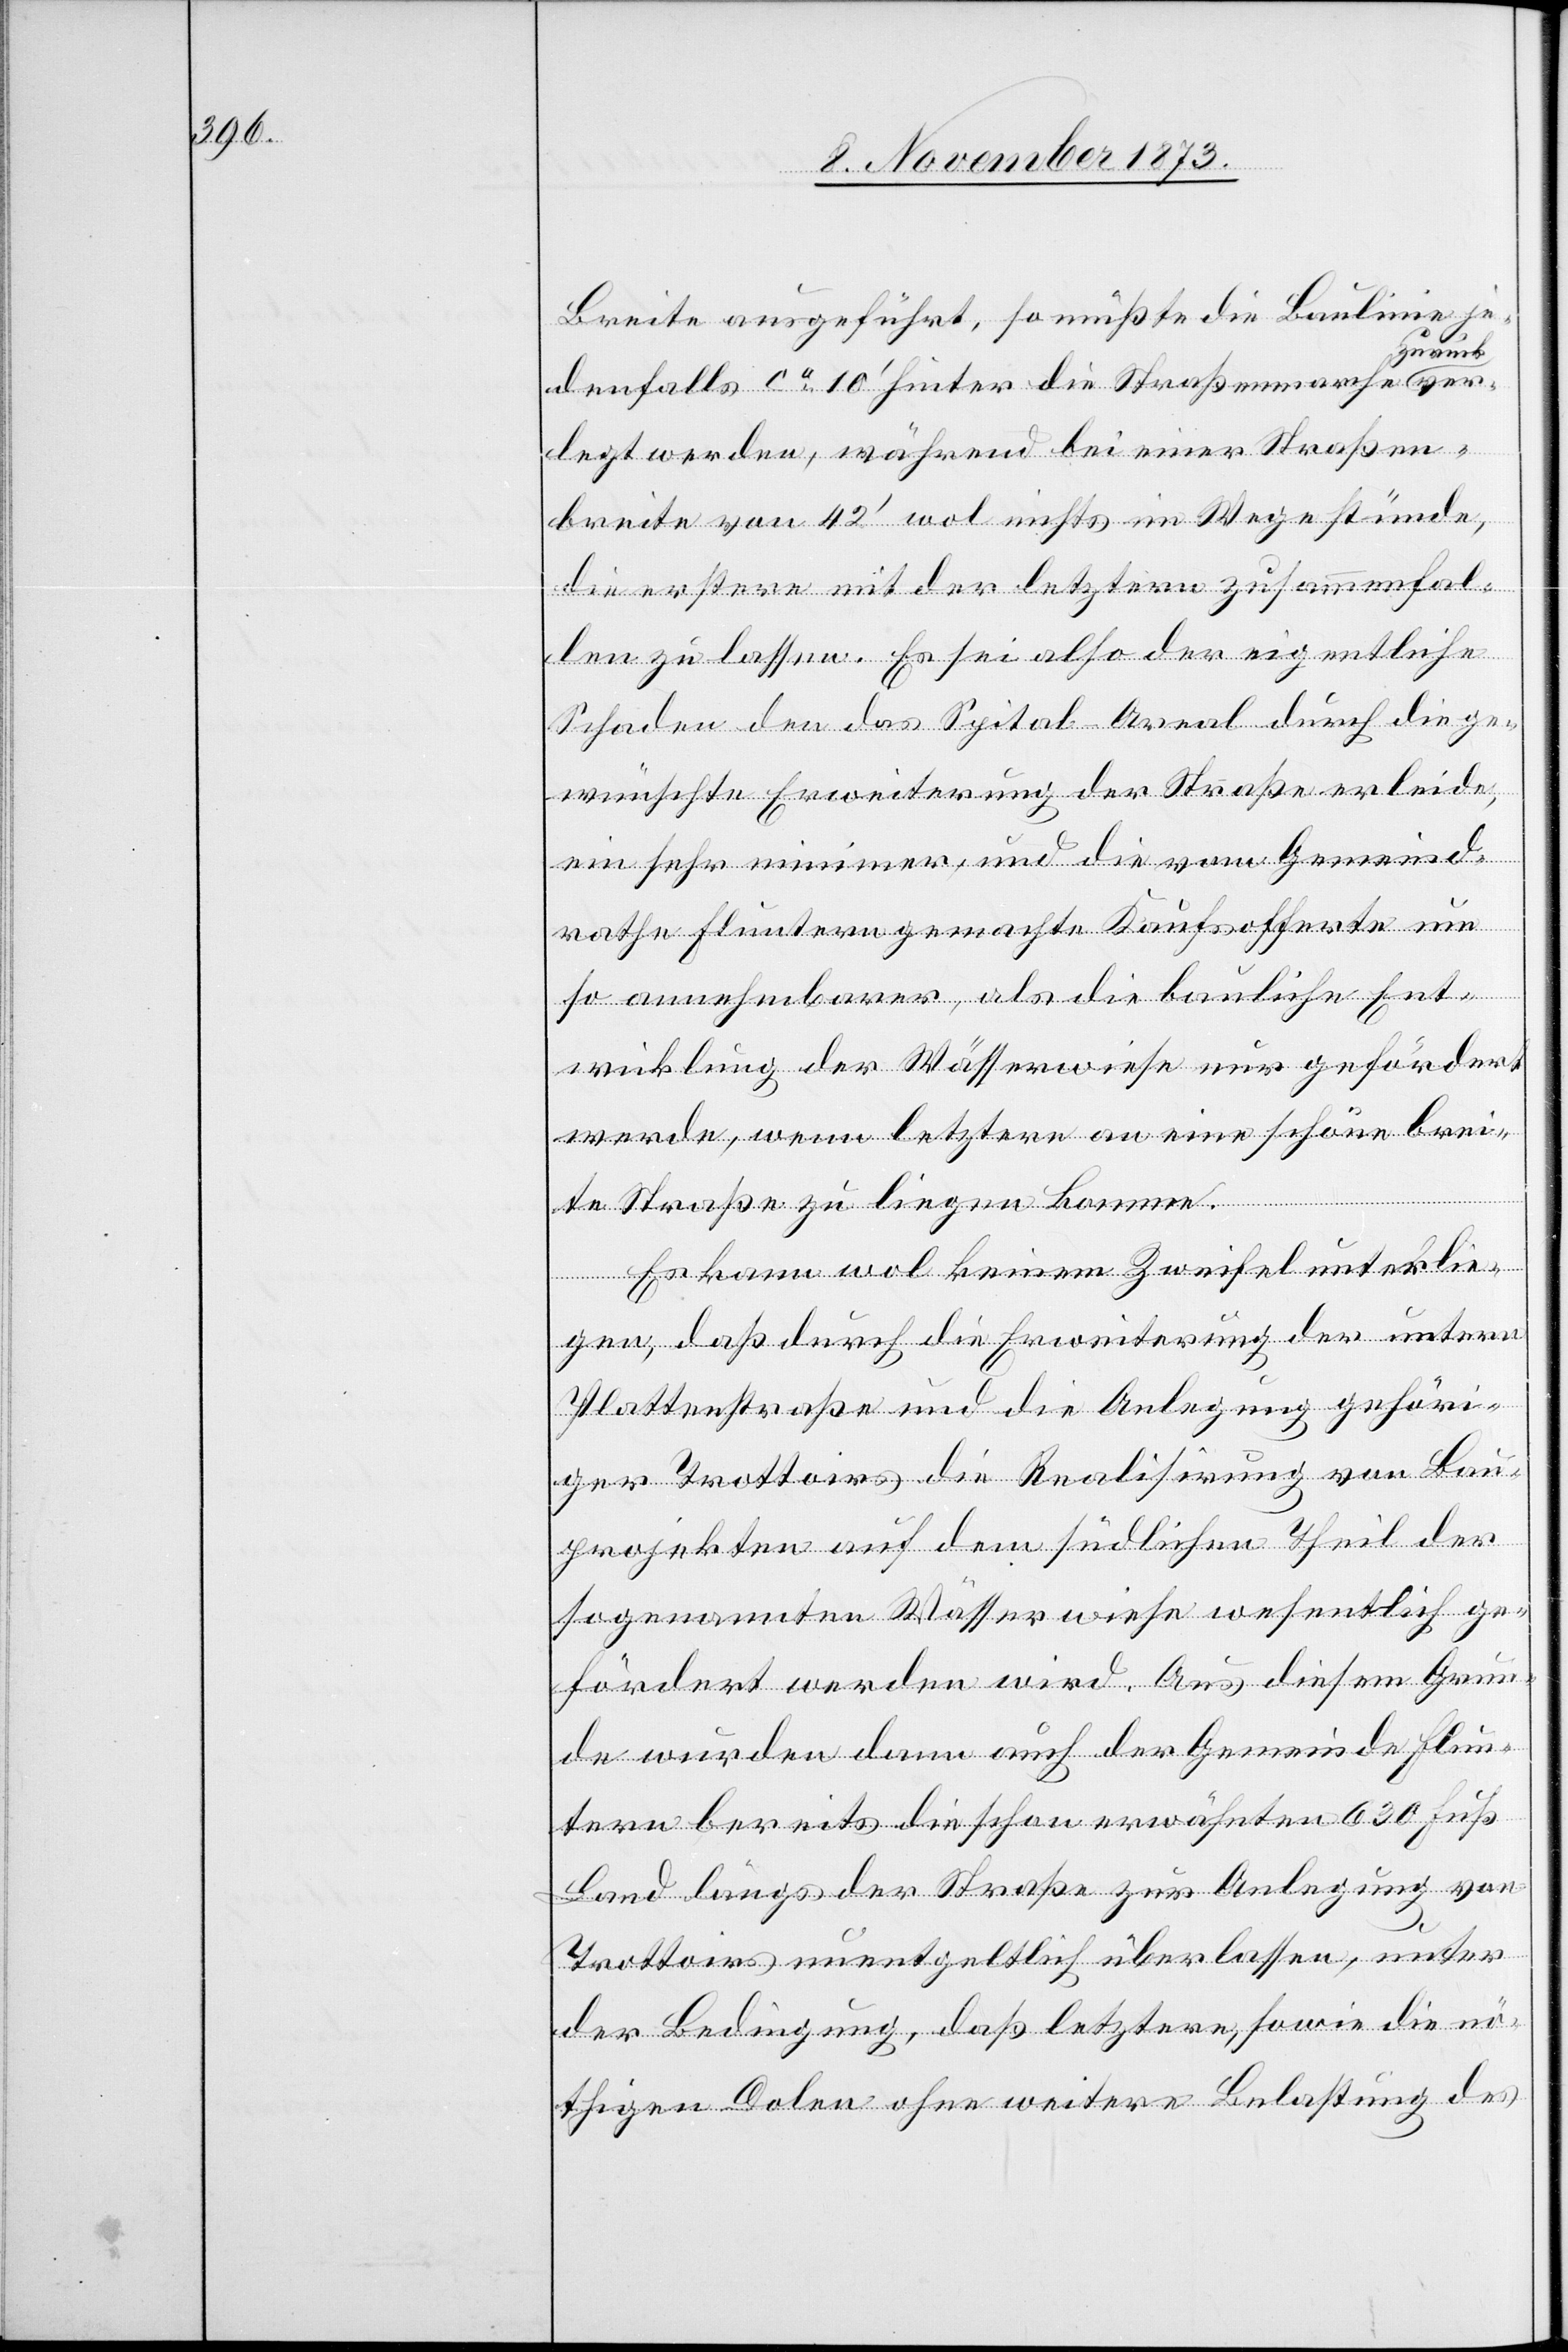
Breite ausgeführt, so müßte die Baulinie je¬
ück ver¬
denfalls ca 10‘ hinter die Straßenmarche zur¬
legt werden, während bei einer Straßen¬
breite von 42‘ wol nichts im Wege stünde,
die erstere mit der letztern zusammenfal¬
len zu lassen. Es sei also der eigentliche
Schaden den das Spital-Areal durch die ge¬
wünschte Erweiterung der Straße erleide,
ein sehr minimer, und die vom Gemeind¬
rathe Fluntern gemachte Kaufsofferte um
so annehmbarer, als die bauliche Ent¬
wicklung der Wässerwiese nur gefördert
werde, wenn letztere an eine schöne brei¬
te Straße zu liegen komme.
Es kann wol keinem Zweifel unterlie¬
gen, daß durch die Erweiterung der untern
Plattenstraße und die Anlegung gehöri¬
ger Trottoirs die Realisirung von Bau¬
projekten auf dem südlichen Theil der
sogenannten Wässerwiese wesentlich ge¬
fördert werden wird. Aus diesem Grun¬
de wurden dann auch der Gemeinde Flun¬
tern bereits die schon erwähnten 630 Fuß
Land längs der Straße zur Anlegung von
Trottoirs unentgeltlich überlassen, unter
der Bedingung, daß letztere, sowie die nö¬
thigen Dolen ohne weitere Belastung des